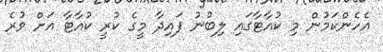
އެހެންކަމުން މި ކުއާޓާގައި ލިބުނު ފައިދާ މީގެ ކުރީ ކުއާޓާ އަށް ވުރެ